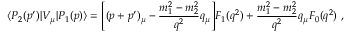
\langle P _ { 2 } ( p ^ { \prime } ) | V _ { \mu } | P _ { 1 } ( p ) \rangle = \Bigg [ ( p + p ^ { \prime } ) _ { \mu } - \frac { m _ { 1 } ^ { 2 } - m _ { 2 } ^ { 2 } } { q ^ { 2 } } q _ { \mu } \Bigg ] F _ { 1 } ( q ^ { 2 } ) + \frac { m _ { 1 } ^ { 2 } - m _ { 2 } ^ { 2 } } { q ^ { 2 } } q _ { \mu } F _ { 0 } ( q ^ { 2 } ) ~ ,